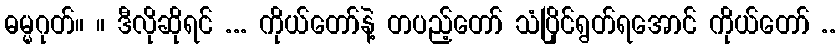
ဓမ္မဂုတ်။ ။ ဒီလိုဆိုရင် ... ကိုယ်တော်နဲ့ တပည့်တော် သံပြိုင်ရွတ်ရအောင် ကိုယ်တော် ..